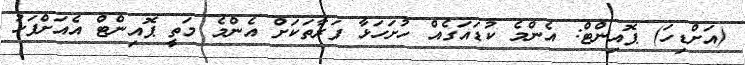
(އަށްޑިހަ) ޕޮއިންޓް: އެންމެ ކުޑައަގެއް ހުށަހަޅާ ފަރާތަކަށް އެންމެ މަތީ ޕޮއިންޓް އެއަށްފަހު